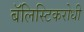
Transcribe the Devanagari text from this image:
बॅलिस्टिकरोधी